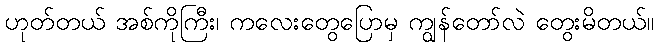
ဟုတ်တယ် အစ်ကိုကြီး၊ ကလေးတွေပြောမှ ကျွန်တော်လဲ တွေးမိတယ်။